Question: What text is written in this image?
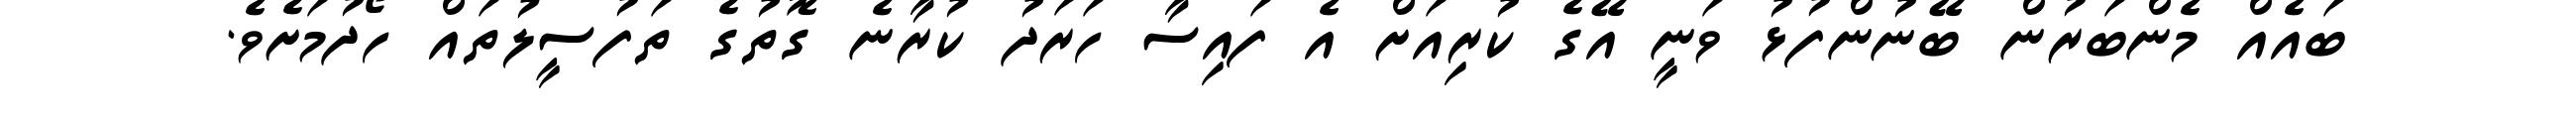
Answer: ބައެއް މެންބަރުން ބޭނުންފުޅު ވަނީ އޭގެ ކުރިއަށް އެ ފައިސާ ހަރަދު ކުރާނެ ގޮތުގެ ތަފުސީލުތައް ހޯދުމަށެވެ.